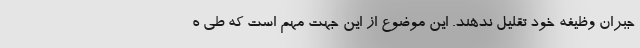
جبران وظیفه خود تقلیل ندهند. این موضوع از این جهت مهم است که طی ه